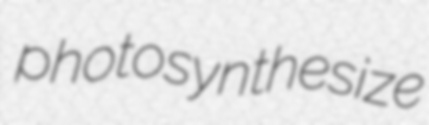
photosynthesize